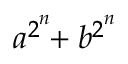
a ^ { 2 ^ { \overset { n } { } } } \! \! + b ^ { 2 ^ { \overset { n } { } } }